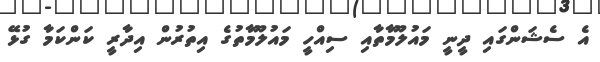
އެ ސެޝަންގައި ދީނީ މައުލޫމާތާއި ސިއްހީ މައުލޫމާތުގެ އިތުރުން އިދާރީ ކަންކަމާ ގުޅޭ